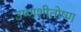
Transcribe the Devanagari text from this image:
उष्णशीतोष्ण